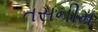
તસનીમ